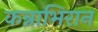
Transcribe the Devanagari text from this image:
कन्नाभिरान